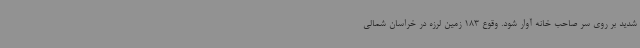
شدید بر روی سر صاحب خانه آوار شود. وقوع 183 زمین لرزه در خراسان شمالی